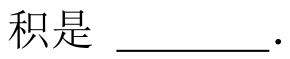
积是 \_\_\_\_\_ 。